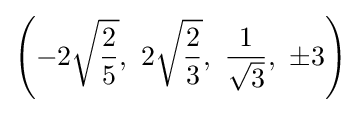
\left(-2{\sqrt {\frac {2}{5}}},\ 2{\sqrt {\frac {2}{3}}},\ {\frac {1}{\sqrt {3}}},\ \pm 3\right)